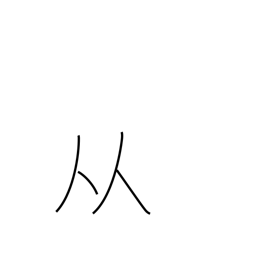
Meaning: two people